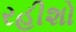
રહીશો